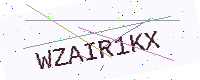
Text: WZAIR1KX